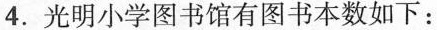
4.光明小学图书馆有图书本数如下：